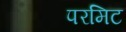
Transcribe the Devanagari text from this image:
परमिट